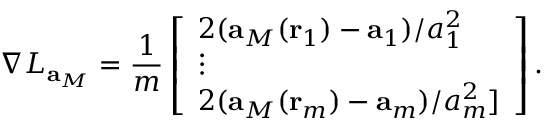
\nabla L _ { \mathbf { a } _ { M } } = \frac { 1 } { m } \left[ \begin{array} { l } { 2 ( \mathbf { a } _ { M } ( \mathbf { r } _ { 1 } ) - \mathbf { a } _ { 1 } ) / a _ { 1 } ^ { 2 } } \\ { \vdots } \\ { 2 ( \mathbf { a } _ { M } ( \mathbf { r } _ { m } ) - \mathbf { a } _ { m } ) / a _ { m } ^ { 2 } ] } \end{array} \right] .